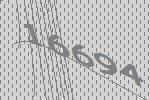
16694